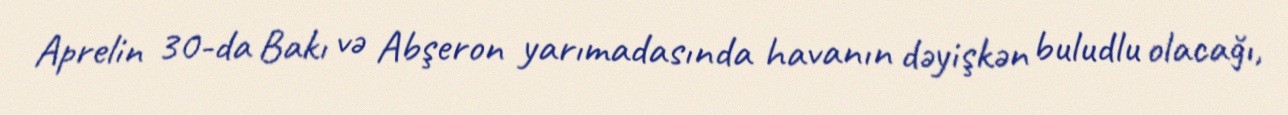
Aprelin 30-da Bakı və Abşeron yarımadasında havanın dəyişkən buludlu olacağı,